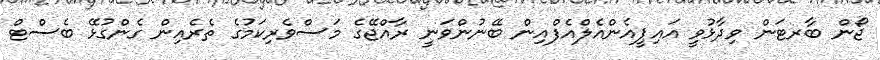
ޖޯން ބާރޓަން ވިދާޅުވީ އައިޕީއެންއެލްއެފްއިން ބޭނުންވަނީ ރާއްޖޭގެ މަސްވެރިކަމުގެ ތެރެއިން ގެންގުޅޭ ބެސްޓް